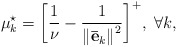
\begin{align*} \mu _k^{\star} = {\left[ {\frac{1}{\nu } - \frac{1}{{{\left\| {{{\bf{\bar e}}_k}} \right\|}^2}}} \right]^ + }, \ \forall k, \end{align*}